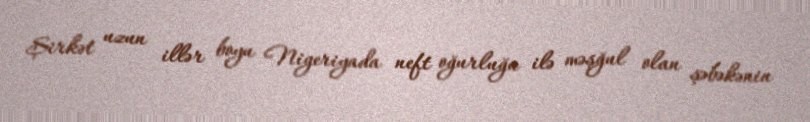
Şirkət uzun illər boyu Nigeriyada neft oğurluğu ilə məşğul olan şəbəkənin